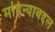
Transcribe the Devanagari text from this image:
महिन्याबद्दल